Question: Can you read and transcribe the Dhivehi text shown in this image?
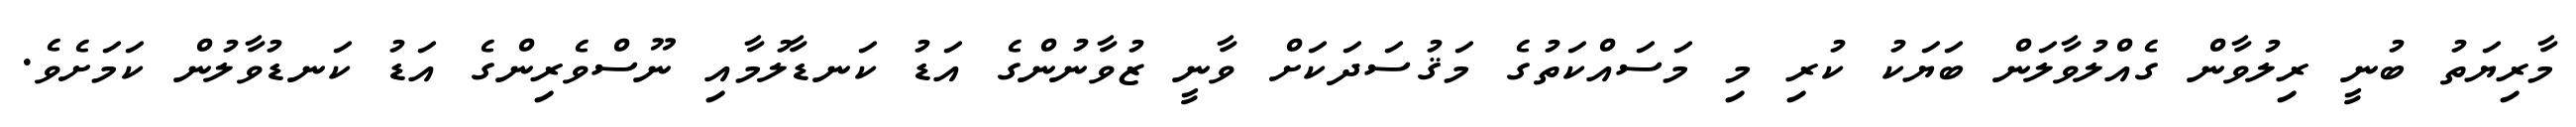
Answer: މާރިޔަތު ބުނީ ރިލުވާން ގެއްލުވާލަން ބަޔަކު ކުރި މި މަސައްކަތުގެ މަޤުސަދަކަށް ވާނީ ޒުވާނުންގެ އަޑު ކަނޑާލުމާއި ނޫސްވެރިންގެ އަޑު ކަނޑުވާލުން ކަމަށެވެ.